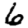
Digit: 6